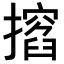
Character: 𢶺